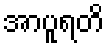
အာပူရတိ